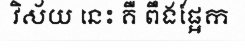
វិស័យ នេះ គឺ ពឹងផ្អែក